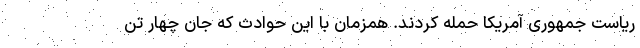
ریاست جمهوری آمریکا حمله کردند. همزمان با این حوادث که جان چهار تن